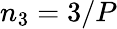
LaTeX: n_{3}=3/P